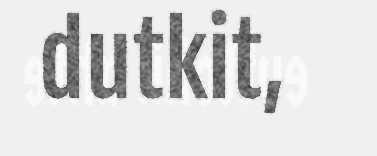
dutkit,